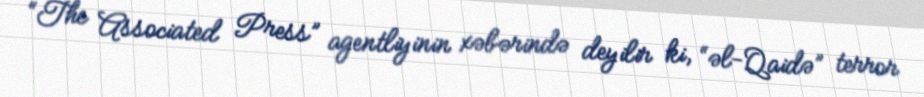
“The Associated Press” agentliyinin xəbərində deyilir ki, “əl-Qaidə” terror